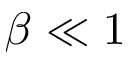
\beta \ll 1